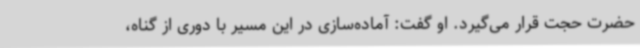
حضرت حجت قرار می‌گیرد. او گفت: آماده‌سازی در این مسیر با دوری از گناه،